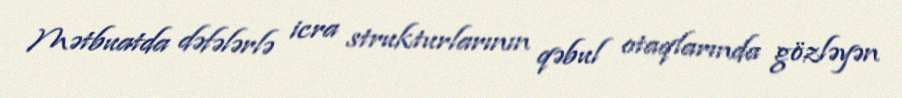
Mətbuatda dəfələrlə icra strukturlarının qəbul otaqlarında gözləyən